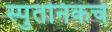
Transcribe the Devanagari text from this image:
स्पुतनिकचे